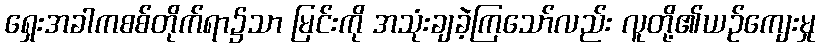
ရှေးအခါကစစ်တိုက်ရာ၌သာ မြင်းကို အသုံးချခဲ့ကြသော်လည်း လူတို့၏ယဉ်ကျေးမှု